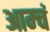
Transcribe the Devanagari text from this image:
आम्चं